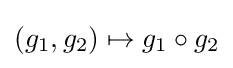
(g_{1},g_{2})\mapsto g_{1}\circ g_{2}